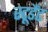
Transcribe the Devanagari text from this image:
स्टूडैंट